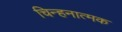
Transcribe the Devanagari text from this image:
चिन्हनात्मक